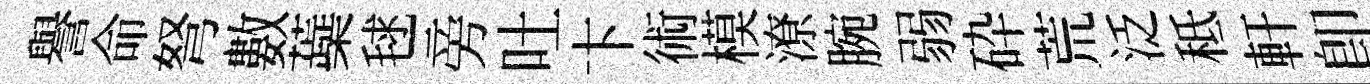
譽命弩數蘃毬旁吐卞術模潦腕弱砕荒泛秪軒卽